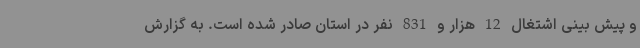
و پیش بینی اشتغال 12 هزار و 831 نفر در استان صادر شده است. به گزارش